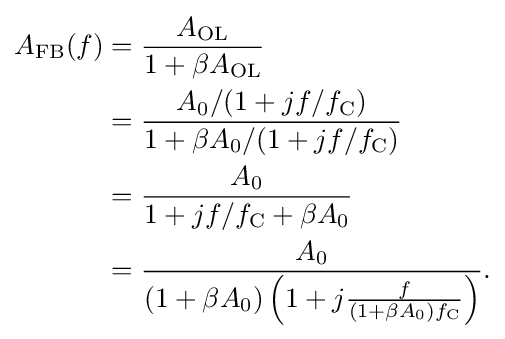
{\begin{aligned}A_{\text{FB}}(f)&={\frac {A_{\text{OL}}}{1+\beta A_{\text{OL}}}}\\&={\frac {A_{0}/(1+jf/f_{\text{C}})}{1+\beta A_{0}/(1+jf/f_{\text{C}})}}\\&={\frac {A_{0}}{1+jf/f_{\text{C}}+\beta A_{0}}}\\&={\frac {A_{0}}{(1+\beta A_{0})\left(1+j{\frac {f}{(1+\beta A_{0})f_{\text{C}}}}\right)}}.\end{aligned}}